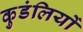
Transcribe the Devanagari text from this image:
कुडंलियों